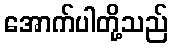
အောက်ပါတို့သည်